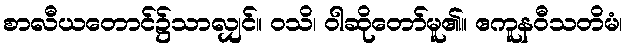
စာလီယတောင်၌သာလျှင်။ ဝသိ၊ ဝါဆိုတော်မူ၏။ ဧကူနဝီသတိမံ၊